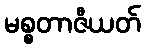
မစ္စတာဇီယတ်